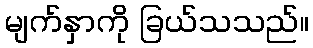
မျက်နှာကို ခြယ်သသည်။